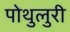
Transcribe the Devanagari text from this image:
पोथुलुरी